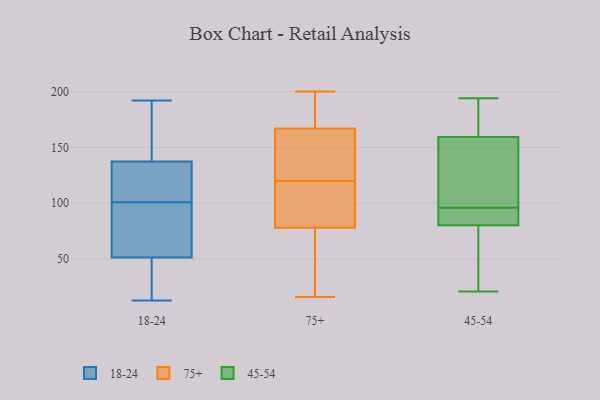
{"axis": {"x": "Net Income (USD K)", "y": "Value"}, "legend": ["18-24", "45-54", "75+"], "data": [{"x": "", "y": 141, "type": "18-24"}, {"x": "", "y": 62, "type": "18-24"}, {"x": "", "y": 62, "type": "18-24"}, {"x": "", "y": 41, "type": "18-24"}, {"x": "", "y": 86, "type": "18-24"}, {"x": "", "y": 121, "type": "18-24"}, {"x": "", "y": 157, "type": "18-24"}, {"x": "", "y": 134, "type": "18-24"}, {"x": "", "y": 126, "type": "18-24"}, {"x": "", "y": 192, "type": "18-24"}, {"x": "", "y": 40, "type": "18-24"}, {"x": "", "y": 13, "type": "18-24"}, {"x": "", "y": 116, "type": "18-24"}, {"x": "", "y": 80, "type": "18-24"}, {"x": "", "y": 23, "type": "18-24"}, {"x": "", "y": 183, "type": "18-24"}, {"x": "", "y": 200, "type": "75+"}, {"x": "", "y": 167, "type": "75+"}, {"x": "", "y": 137, "type": "75+"}, {"x": "", "y": 152, "type": "75+"}, {"x": "", "y": 91, "type": "75+"}, {"x": "", "y": 187, "type": "75+"}, {"x": "", "y": 146, "type": "75+"}, {"x": "", "y": 25, "type": "75+"}, {"x": "", "y": 78, "type": "75+"}, {"x": "", "y": 103, "type": "75+"}, {"x": "", "y": 16, "type": "75+"}, {"x": "", "y": 99, "type": "75+"}, {"x": "", "y": 196, "type": "75+"}, {"x": "", "y": 63, "type": "75+"}, {"x": "", "y": 181, "type": "75+"}, {"x": "", "y": 150, "type": "75+"}, {"x": "", "y": 90, "type": "75+"}, {"x": "", "y": 72, "type": "75+"}, {"x": "", "y": 51, "type": "45-54"}, {"x": "", "y": 95, "type": "45-54"}, {"x": "", "y": 194, "type": "45-54"}, {"x": "", "y": 108, "type": "45-54"}, {"x": "", "y": 163, "type": "45-54"}, {"x": "", "y": 84, "type": "45-54"}, {"x": "", "y": 21, "type": "45-54"}, {"x": "", "y": 96, "type": "45-54"}, {"x": "", "y": 58, "type": "45-54"}, {"x": "", "y": 193, "type": "45-54"}, {"x": "", "y": 93, "type": "45-54"}, {"x": "", "y": 148, "type": "45-54"}, {"x": "", "y": 101, "type": "45-54"}, {"x": "", "y": 170, "type": "45-54"}, {"x": "", "y": 79, "type": "45-54"}]}